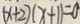
( x + 2 ) ( x + 1 ) = 0